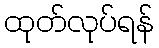
ထုတ်လုပ်ရန်